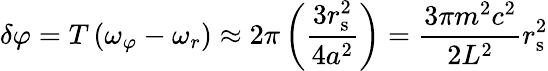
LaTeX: \delta\varphi=T\left(\omega_{\varphi}-\omega_{r}\right)\approx 2\pi\left({\frac{3r_{\mathrm{{s}}}^{2}}{4a^{2}}}\right)={\frac{3\pi m^{2}c^{2}}{2L^{2}}}r_{\mathrm{{s}}}^{2}